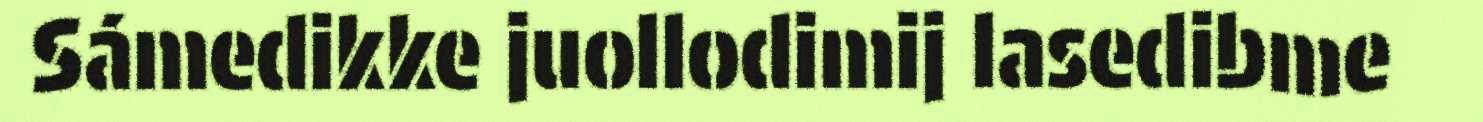
Sámedikke juollodimij lasedibme